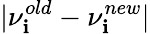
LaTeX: |\nu_{\mathbf{i}}^{old}-\nu_{\mathbf{i}}^{new}|